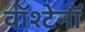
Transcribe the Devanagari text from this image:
वॉश्टेनॉ